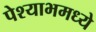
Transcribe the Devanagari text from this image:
पेश्याभमध्ये